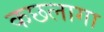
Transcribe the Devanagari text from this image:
कछलागा